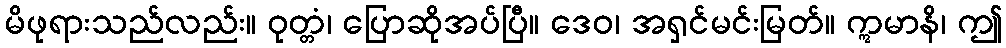
မိဖုရားသည်လည်း။ ဝုတ္တံ၊ ပြောဆိုအပ်ပြီ။ ဒေဝ၊ အရှင်မင်းမြတ်။ ဣမာနိ၊ ဤ